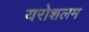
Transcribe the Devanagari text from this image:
यरोशलम